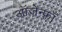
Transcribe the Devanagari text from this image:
ऑज़ेन्फ़्राँ